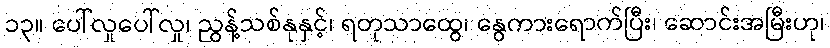
၁၃။ ပေါ်လှုပေါ်လှု၊ ညွန့်သစ်နုနှင့်၊ ရတုသာထွေ၊ နွေကားရောက်ပြီး၊ ဆောင်းအမြီးဟု၊